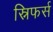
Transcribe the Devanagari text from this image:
स्निफर्स